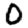
Digit: 0